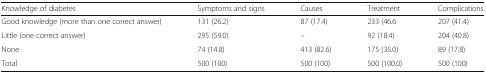
<table><thead><tr><td><b>Knowledge of diabetes</b></td><td><b>Symptoms and signs</b></td><td><b>Causes</b></td><td><b>Treatment</b></td><td><b>Complications</b></td></tr></thead><tbody><tr><td>Good knowledge (more than one correct answer)</td><td>131 (26.2)</td><td>87 (17.4)</td><td>233 (46.6</td><td>207 (41.4)</td></tr><tr><td>Little (one correct answer)</td><td>295 (59.0)</td><td>–</td><td>92 (18.4)</td><td>204 (40.8)</td></tr><tr><td>None</td><td>74 (14.8)</td><td>413 (82.6)</td><td>175 (35.0)</td><td>89 (17.8)</td></tr><tr><td>Total</td><td>500 (100)</td><td>500 (100)</td><td>500 (100.0)</td><td>500 (100)</td></tr></tbody></table>